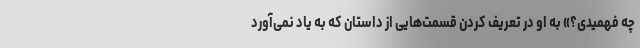
چه فهمیدی؟» به او در تعریف کردن قسمت‌هایی از داستان که به یاد نمی‌آورد